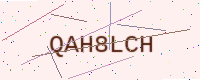
Text: QAH8LCH